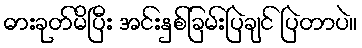
ဓားခုတ်မိပြီး အင်းနှစ်ခြမ်းပြဲချင် ပြဲတာပဲ။